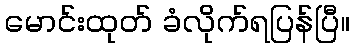
မောင်းထုတ် ခံလိုက်ရပြန်ပြီ။